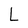
Character: L